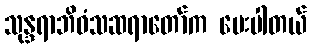
သုန္ဒရာဘိဝံသဆရာတော်က မေးပါတယ်